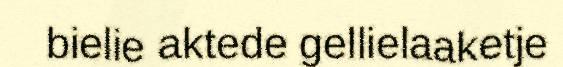
bielie aktede gellielaaketje